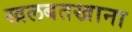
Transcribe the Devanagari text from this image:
खलबतखाना